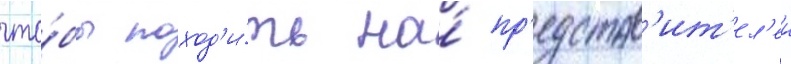
что́бы поход'и́ть на́ пр'едстав'ит'ел'еи